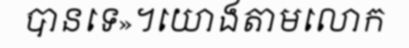
បានទេ»។យោងតាមលោក